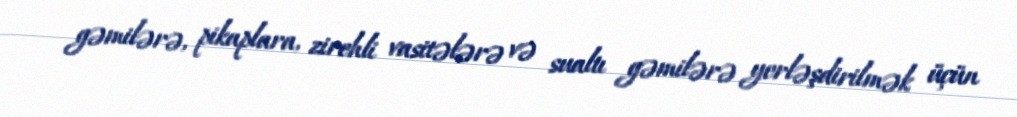
gəmilərə, pikaplara, zirehli vasitələrə və sualtı gəmilərə yerləşdirilmək üçün